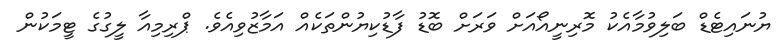
ޔުނައިޓެޑް ބަލިވުމާއެކު މޮރިނީއޯއަށް ވަރަށް ބޮޑު ފާޑުކިޔުންތަކެއް އަމާޒުވިއެވެ. ޕްރިމިއާ ލީގުގެ ޓީމަކުން